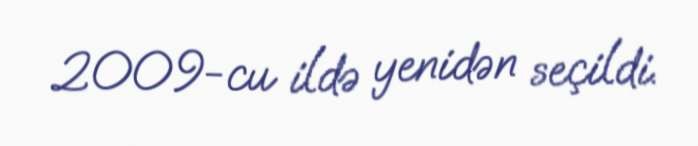
2009-cu ildə yenidən seçildi.